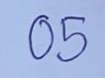
05